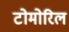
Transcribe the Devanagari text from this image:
टोमोरिल